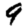
Digit: 9